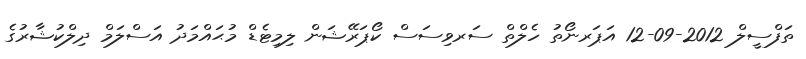
ތަފްސީލް 2012-09-12 އަޕަރނޯތު ހެލްތް ސަރވިސަސް ކޯޕަރޭޝަން ލިމިޓެޑް މުޙައްމަދު އަސްލަމް ދިލްކުޝާރުގެ